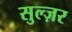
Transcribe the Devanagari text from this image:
सुल्ज़र